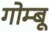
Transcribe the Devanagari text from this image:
गोम्बू